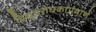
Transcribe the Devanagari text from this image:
विद्युतरोधकाप्रमाणे